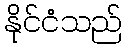
နိုင်ငံသည်